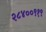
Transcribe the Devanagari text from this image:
२८४००९१९